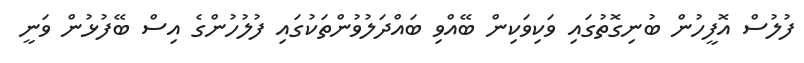
ފުލުސް އޮފީހުން ބުނިގޮތުގައި ވަކިވަކިން ބޭއްވި ބައްދަލުވުންތަކުގައި ފުލުހުންގެ އިސް ބޭފުޅުން ވަނީ